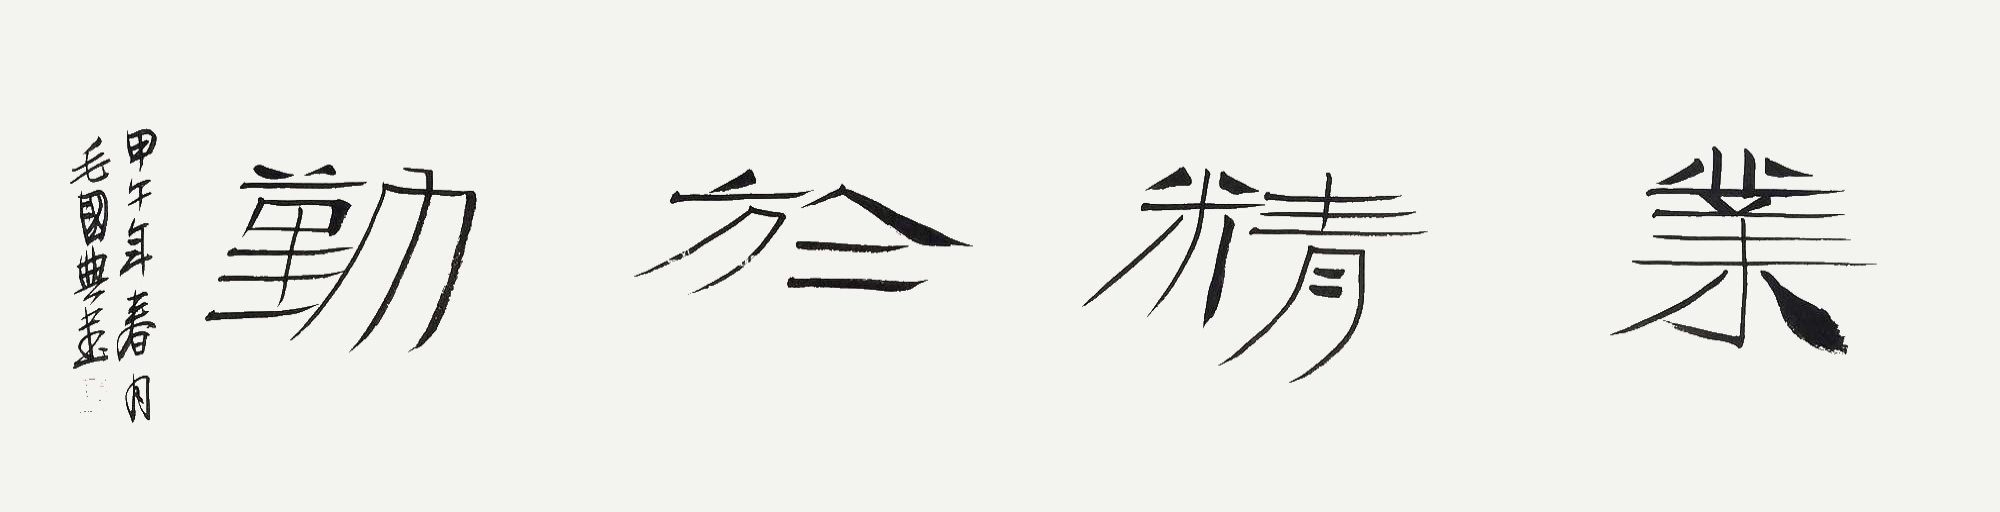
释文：业精于勤。甲午年春月毛国典书。